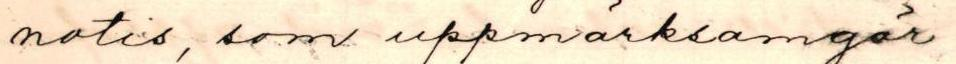
notis, som uppmärksamgör